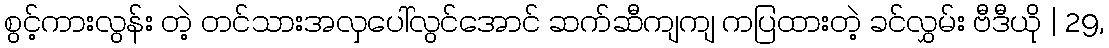
စွင့်ကားလွန်း တဲ့ တင်သားအလှပေါ်လွင်အောင် ဆက်ဆီကျကျ ကပြထားတဲ့ ခင်လွှမ်း ဗီဒီယို | 29,